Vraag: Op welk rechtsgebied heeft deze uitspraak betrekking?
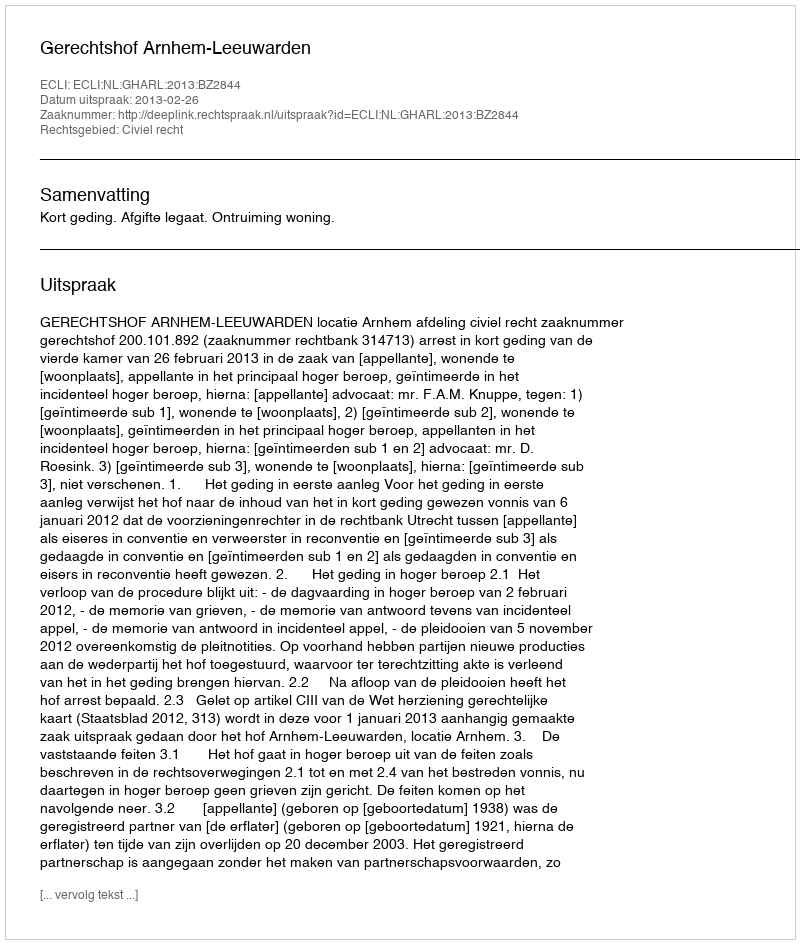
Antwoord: Civiel recht